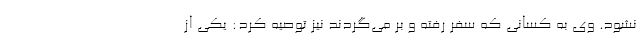
نشود. وی به کسانی که سفر رفته و بر می‌گردند نیز توصیه کرد: یکی از